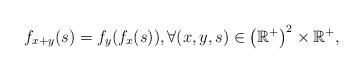
LaTeX: \begin{align*}f_{x+y}(s)=f_y(f_x(s)), \forall (x,y,s) \in {\left(\mathbb{R}^+\right)}^2 \times \mathbb{R}^+,\end{align*}